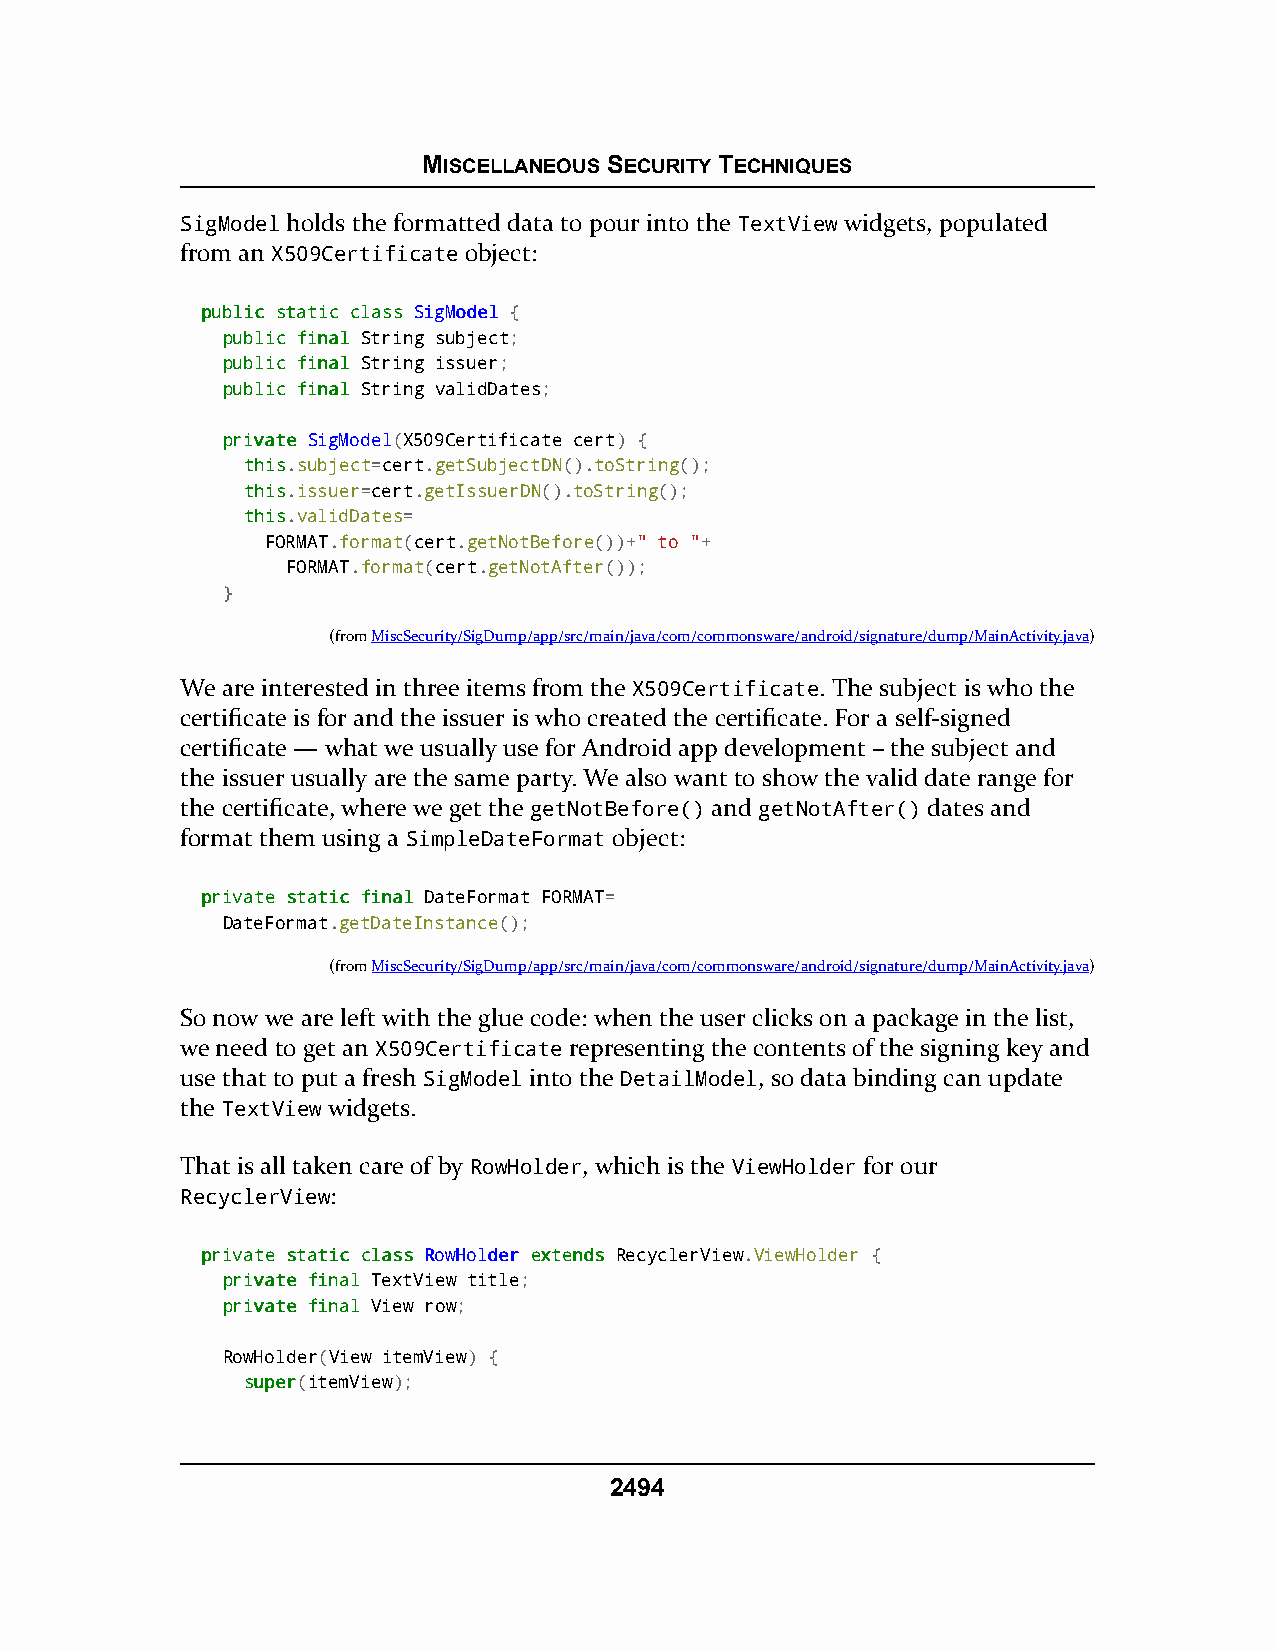
MISCELLANEOUS SECURITY TECHNIQUES
 SigModel holds the formatted data to pour into the TextView widgets, populated
 from an X509Certificate object:
 ppuubblliicc ssttaattiicc ccllaassss SSiiggMMooddeell {
 ppuubblliicc ffiinnaall String subject;
 ppuubblliicc ffiinnaall String issuer;
 ppuubblliicc ffiinnaall String validDates;
 pprriivvaattee SigModel(X509Certificate cert) {
 tthhiiss.subject=cert.getSubjectDN().toString();
 tthhiiss.issuer=cert.getIssuerDN().toString();
 tthhiiss.validDates=
 FORMAT.format(cert.getNotBefore())+" to "+
 FORMAT.format(cert.getNotAfter());
 }
 (fromMiscSecurity/SigDump/app/src/main/java/com/commonsware/android/signature/dump/MainActivity.java)
 We are interested in three items from the X509Certificate. The subject is who the
 certificate is for and the issuer is who created the certificate. For a self-signed
 certificate — what we usually use for Android app development – the subject and
 the issuer usually are the same party. We also want to show the valid date range for
 the certificate, where we get the getNotBefore() and getNotAfter() dates and
 format them using a SimpleDateFormat object:
 pprriivvaattee ssttaattiicc ffiinnaall DateFormat FORMAT=
 DateFormat.getDateInstance();
 (fromMiscSecurity/SigDump/app/src/main/java/com/commonsware/android/signature/dump/MainActivity.java)
 So now we are left with the glue code: when the user clicks on a package in the list,
 we need to get an X509Certificate representing the contents of the signing key and
 use that to put a fresh SigModel into the DetailModel, so data binding can update
 the TextView widgets.
 That is all taken care of by RowHolder, which is the ViewHolder for our
 RecyclerView:
 pprriivvaattee ssttaattiicc ccllaassss RRoowwHHoollddeerr eexxtteennddss RecyclerView.ViewHolder {
 pprriivvaattee ffiinnaall TextView title;
 pprriivvaattee ffiinnaall View row;
 RowHolder(View itemView) {
 ssuuppeerr(itemView);
 2494